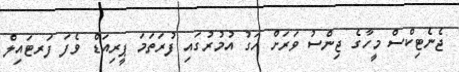
ޖެނެޓިކްސް މީހާގެ ޖިންސު ވަރަށް ހަގު އުމުރުގައި ފުރަތަމަ ޕީރިއަޑް ވެފަ ފަރޓައިލް